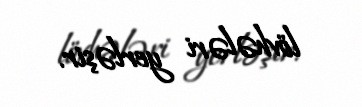
lövhələri yerləşir.